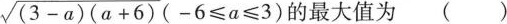
$$\sqrt { ( 3- a ) ( a + 6 ) } ( - 6 ≤ a ≤ 3 )$$的最大值为 ()